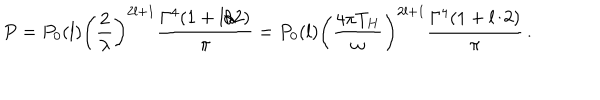
LaTeX: P = P _ { 0 } ( l ) \left( \frac { 2 } { \lambda } \right) ^ { 2 l + 1 } \frac { \Gamma ^ { 4 } ( 1 + l / 2 ) } { \pi } = P _ { 0 } ( l ) \left( \frac { 4 \pi T _ { H } } { \omega } \right) ^ { 2 l + 1 } \frac { \Gamma ^ { 4 } ( 1 + l / 2 ) } { \pi } \, .